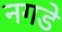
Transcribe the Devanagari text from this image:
नगडे